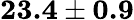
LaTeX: \textbf{23.4}\pm\textbf{0.9}